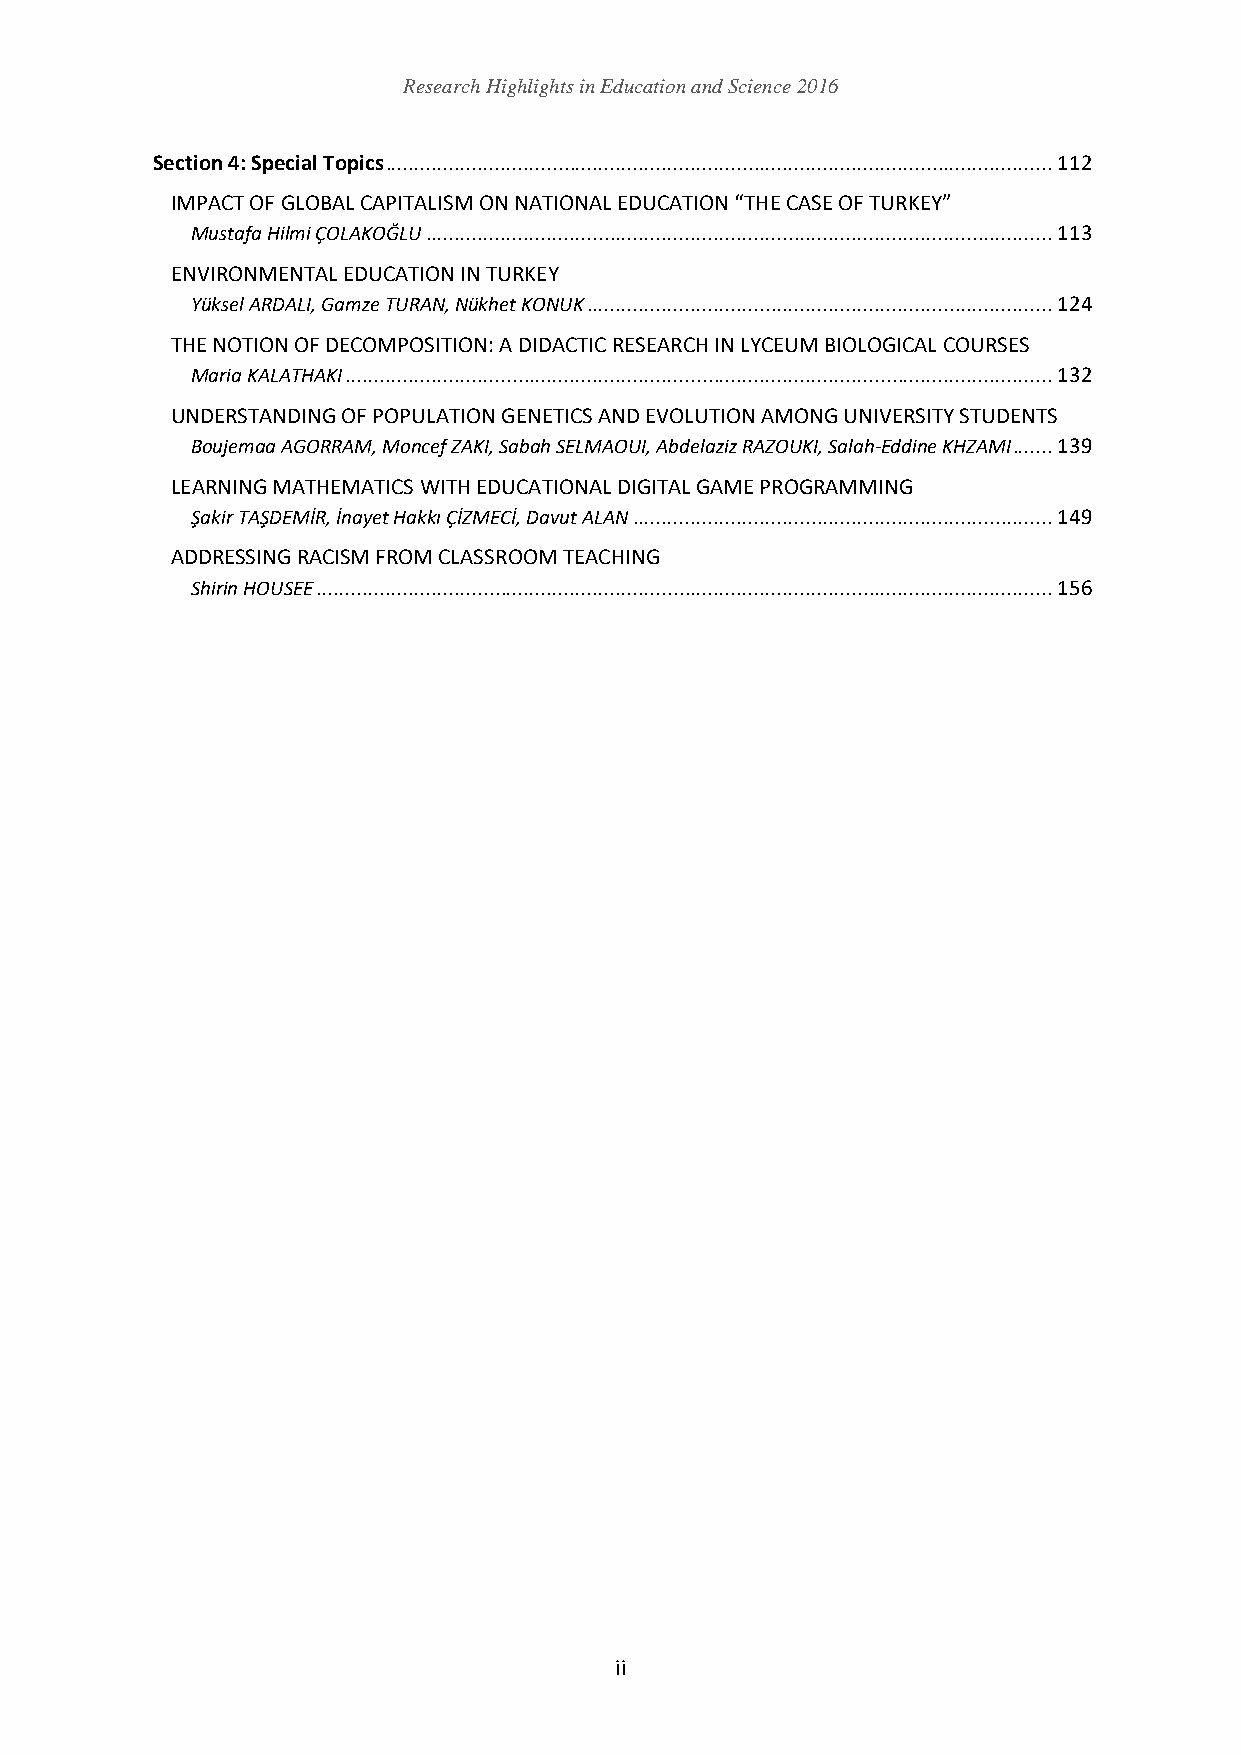
Research Highlights in Education and Science 2016
 Section 4: Special Topics .................................................................................................................... 112
 IMPACT OF GLOBAL CAPITALISM ON NATIONAL EDUCATION “THE CASE OF TURKEY”
 Mustafa Hilmi ÇOLAKOĞLU ............................................................................................................. 113
 ENVIRONMENTAL EDUCATION IN TURKEY
 Yüksel ARDALI, Gamze TURAN, Nükhet KONUK ................................................................................. 124
 THE NOTION OF DECOMPOSITION: A DIDACTIC RESEARCH IN LYCEUM BIOLOGICAL COURSES
 Maria KALATHAKI ........................................................................................................................... 132
 UNDERSTANDING OF POPULATION GENETICS AND EVOLUTION AMONG UNIVERSITY STUDENTS
 Boujemaa AGORRAM, Moncef ZAKI, Sabah SELMAOUI, Abdelaziz RAZOUKI, Salah-Eddine KHZAMI ....... 139
 LEARNING MATHEMATICS WITH EDUCATIONAL DIGITAL GAME PROGRAMMING
 Şakir TAŞDEMİR, İnayet Hakkı ÇİZMECİ, Davut ALAN ......................................................................... 149
 ADDRESSING RACISM FROM CLASSROOM TEACHING
 Shirin HOUSEE ................................................................................................................................ 156
 ii